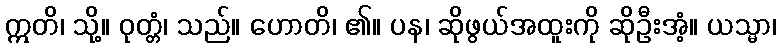
ဣတိ၊ သို့။ ဝုတ္တံ၊ သည်။ ဟောတိ၊ ၏။ ပန၊ ဆိုဖွယ်အထူးကို ဆိုဦးအံ့။ ယသ္မာ၊